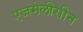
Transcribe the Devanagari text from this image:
एजमेलीसीन